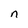
Character: n